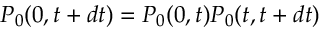
P _ { 0 } ( 0 , t + d t ) = P _ { 0 } ( 0 , t ) P _ { 0 } ( t , t + d t )